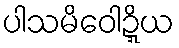
ပါသမိဝေါဍ္ဍိယ